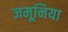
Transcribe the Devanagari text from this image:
जमूनिया